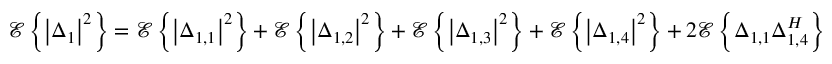
\mathscr { E } \left\{ \left| \Delta _ { 1 } \right| ^ { 2 } \right\} = \mathscr { E } \left\{ \left| \Delta _ { 1 , 1 } \right| ^ { 2 } \right\} + \mathscr { E } \left\{ \left| \Delta _ { 1 , 2 } \right| ^ { 2 } \right\} + \mathscr { E } \left\{ \left| \Delta _ { 1 , 3 } \right| ^ { 2 } \right\} + \mathscr { E } \left\{ \left| \Delta _ { 1 , 4 } \right| ^ { 2 } \right\} + 2 \mathscr { E } \left\{ \Delta _ { 1 , 1 } \Delta _ { 1 , 4 } ^ { H } \right\}